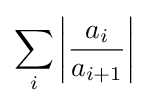
\sum _{i}\left|{\frac {a_{i}}{a_{i+1}}}\right|